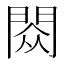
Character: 閦